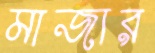
মাজার